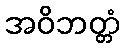
အဝိဘတ္တံ